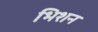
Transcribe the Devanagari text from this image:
भिशन